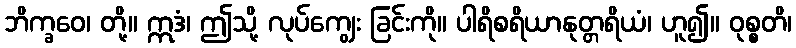
ဘိက္ခဝေ၊ တို့။ ဣဒံ၊ ဤသို့ လုပ်ကျွေး ခြင်းကို။ ပါရိစရိယာနုတ္တရိယံ၊ ဟူ၍။ ဝုစ္စတိ၊